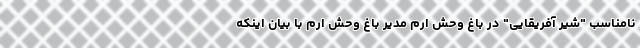
نامناسب "شیر آفریقایی" در باغ وحش ارم مدیر باغ وحش ارم با بیان اینکه